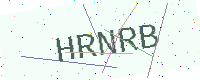
Text: HRNRB